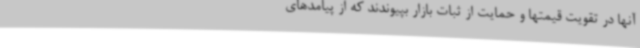
آنها در تقویت قیمتها و حمایت از ثبات بازار بپیوندند که از پیامدهای